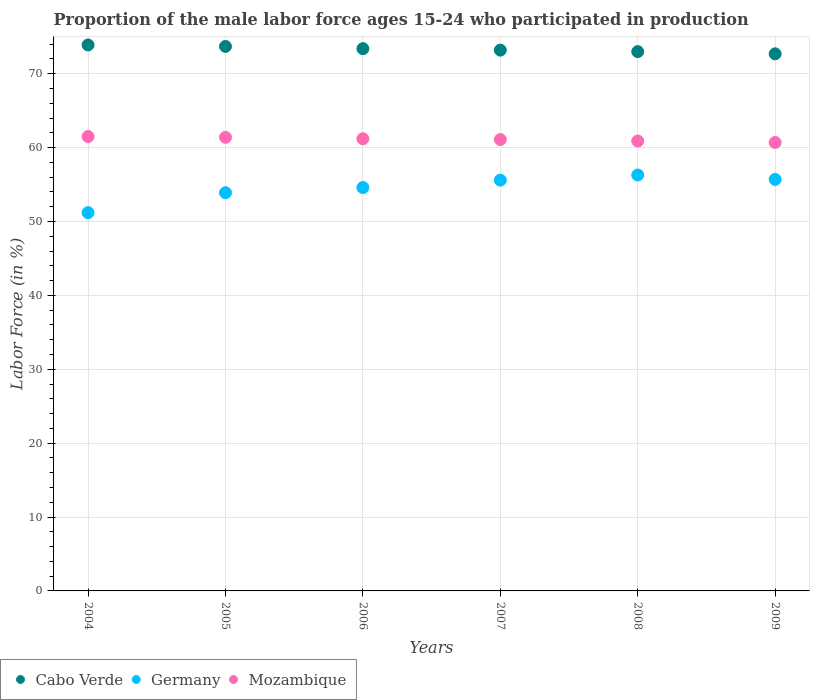
| Years | Cabo Verde | Germany | Mozambique |
 | --- | --- | --- | --- |
 | 2004 | 73.9 | 51.2 | 61.5 |
 | 2005 | 73.7 | 53.9 | 61.4 |
 | 2006 | 73.4 | 54.6 | 61.2 |
 | 2007 | 73.2 | 55.6 | 61.1 |
 | 2008 | 73 | 56.3 | 60.9 |
 | 2009 | 72.7 | 55.7 | 60.7 |